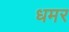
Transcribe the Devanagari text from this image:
धमर